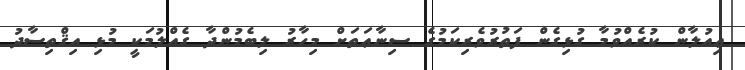
ޢިއުލާން ކުރެއްވުމާ ގުޅިގެން ފަތުރުވެރިކަމުގެ ސިނާޢަތަށް މިހާރު ލިބެމުންދާ ގެއްލުމަކީ މުޅި އިޤްތިސާދު